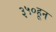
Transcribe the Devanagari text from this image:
३५०हून